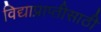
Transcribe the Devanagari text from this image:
विद्याप्राप्तीसाठी